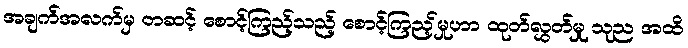
အချက်အလက်မှ တဆင့် စောင့်ကြည့်သည့် စောင့်ကြည့်မှုဟာ ထုတ်လွှတ်မှု သုည အထိ